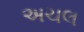
અચલ